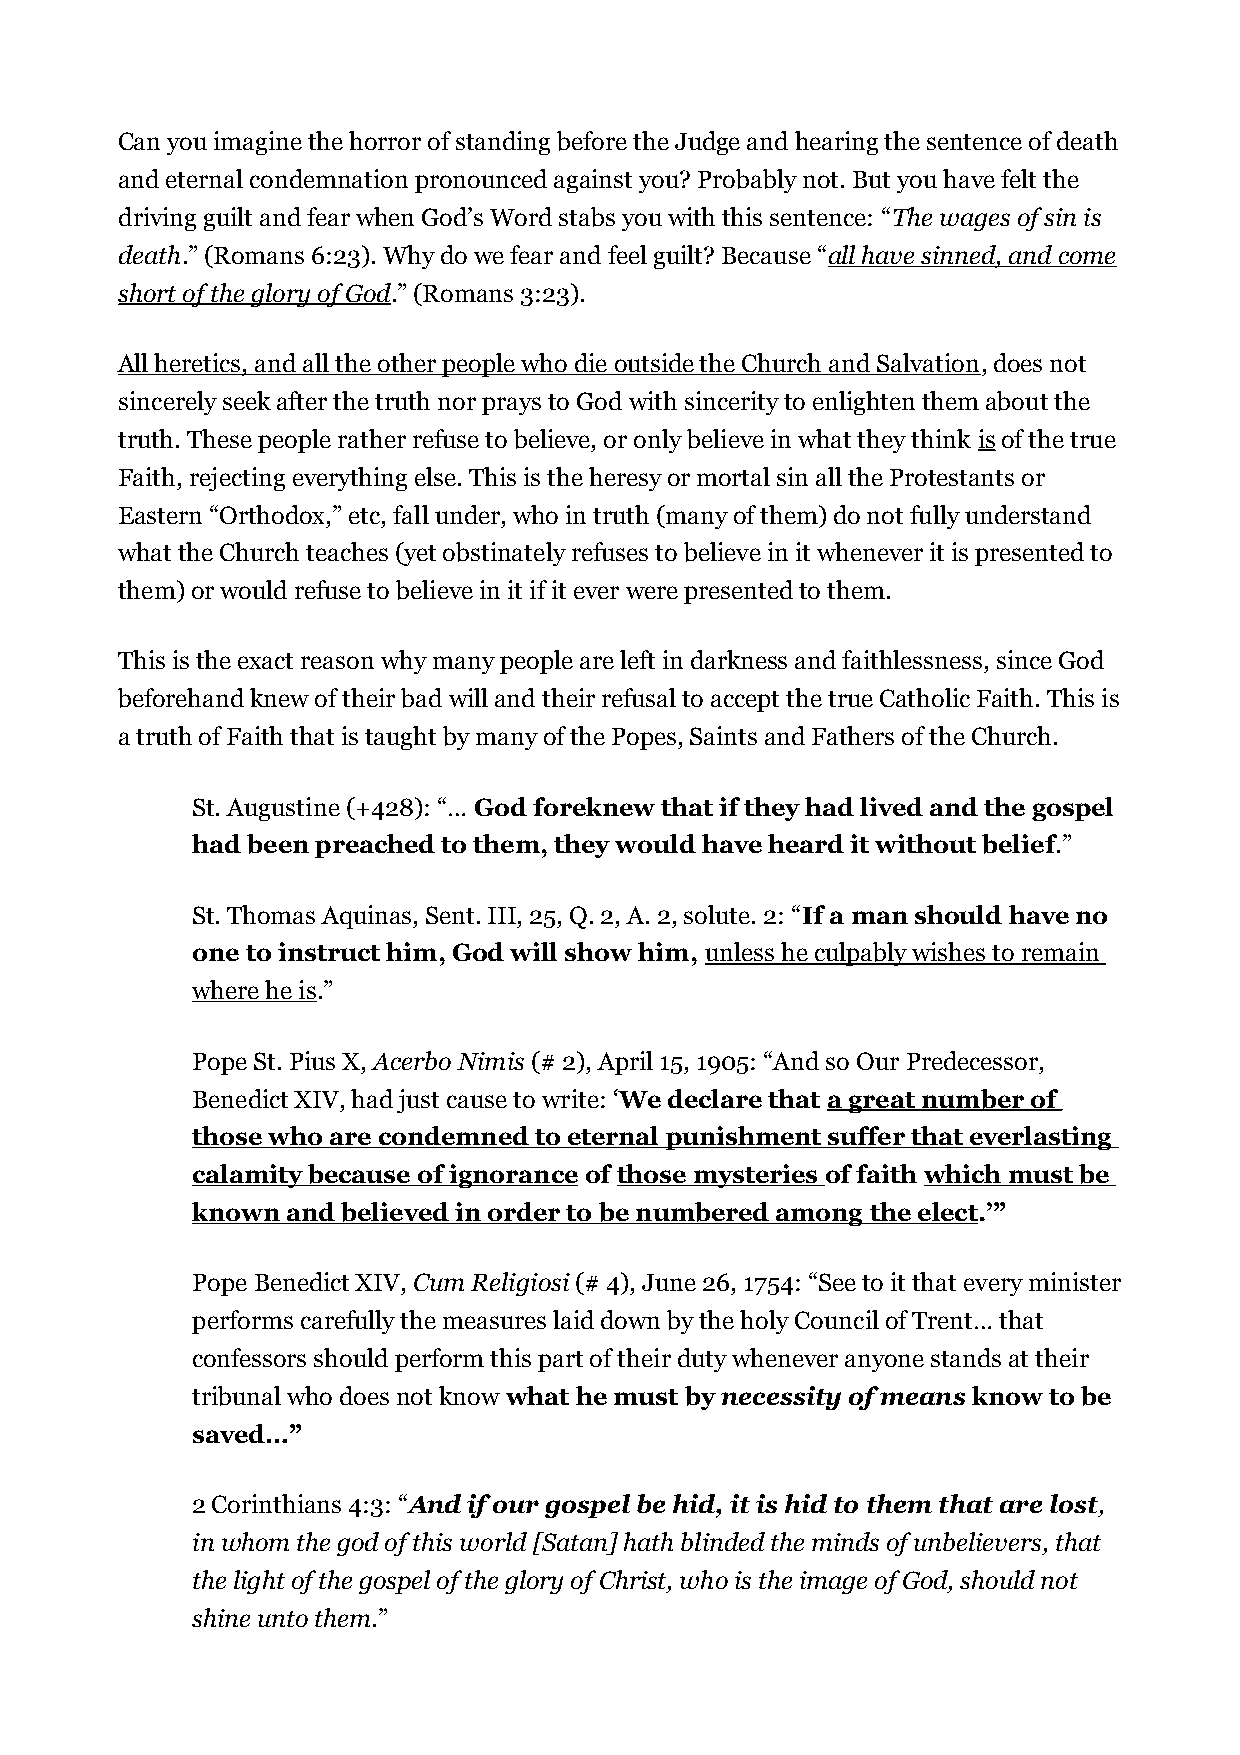
Can you imagine the horror of standing before the Judge and hearing the sentence of death
 and eternal condemnation pronounced against you? Probably not. But you have felt the
 driving guilt and fear when God’s Word stabs you with this sentence: “The wages of sin is
 death.” (Romans 6:23). Why do we fear and feel guilt? Because “all have sinned, and come
 short of the glory of God.” (Romans 3:23).
 All heretics, and all the other people who die outside the Church and Salvation, does not
 sincerely seek after the truth nor prays to God with sincerity to enlighten them about the
 truth. These people rather refuse to believe, or only believe in what they think is of the true
 Faith, rejecting everything else. This is the heresy or mortal sin all the Protestants or
 Eastern “Orthodox,” etc, fall under, who in truth (many of them) do not fully understand
 what the Church teaches (yet obstinately refuses to believe in it whenever it is presented to
 them) or would refuse to believe in it if it ever were presented to them.
 This is the exact reason why many people are left in darkness and faithlessness, since God
 beforehand knew of their bad will and their refusal to accept the true Catholic Faith. This is
 a truth of Faith that is taught by many of the Popes, Saints and Fathers of the Church.
 St. Augustine (+428): “… God foreknew that if they had lived and the gospel
 had been preached to them, they would have heard it without belief.”
 St. Thomas Aquinas, Sent. III, 25, Q. 2, A. 2, solute. 2: “If a man should have no
 one to instruct him, God will show him, unless he culpably wishes to remain
 where he is.”
 Pope St. Pius X, Acerbo Nimis (# 2), April 15, 1905: “And so Our Predecessor,
 Benedict XIV, had just cause to write: ‘We declare that a great number of
 those who are condemned to eternal punishment suffer that everlasting
 calamity because of ignorance of those mysteries of faith which must be
 known and believed in order to be numbered among the elect.’”
 Pope Benedict XIV, Cum Religiosi (# 4), June 26, 1754: “See to it that every minister
 performs carefully the measures laid down by the holy Council of Trent… that
 confessors should perform this part of their duty whenever anyone stands at their
 tribunal who does not know what he must by necessity of means know to be
 saved…”
 2 Corinthians 4:3: “And if our gospel be hid, it is hid to them that are lost,
 in whom the god of this world [Satan] hath blinded the minds of unbelievers, that
 the light of the gospel of the glory of Christ, who is the image of God, should not
 shine unto them.”